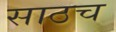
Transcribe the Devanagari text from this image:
साठच